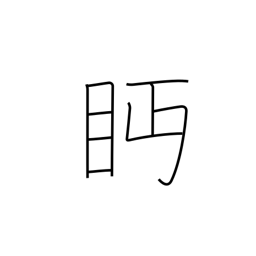
Meaning: looking askance